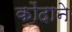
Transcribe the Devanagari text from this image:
कोंदाने